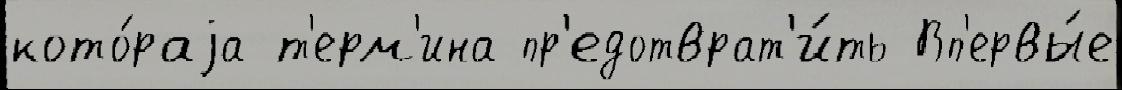
кото́раjа т'ерм'ина пр'едотврат'и́ть Вп'ервы́е